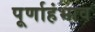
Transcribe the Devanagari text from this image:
पूर्णाहंभाव